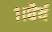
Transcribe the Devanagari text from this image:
१।धैर्य